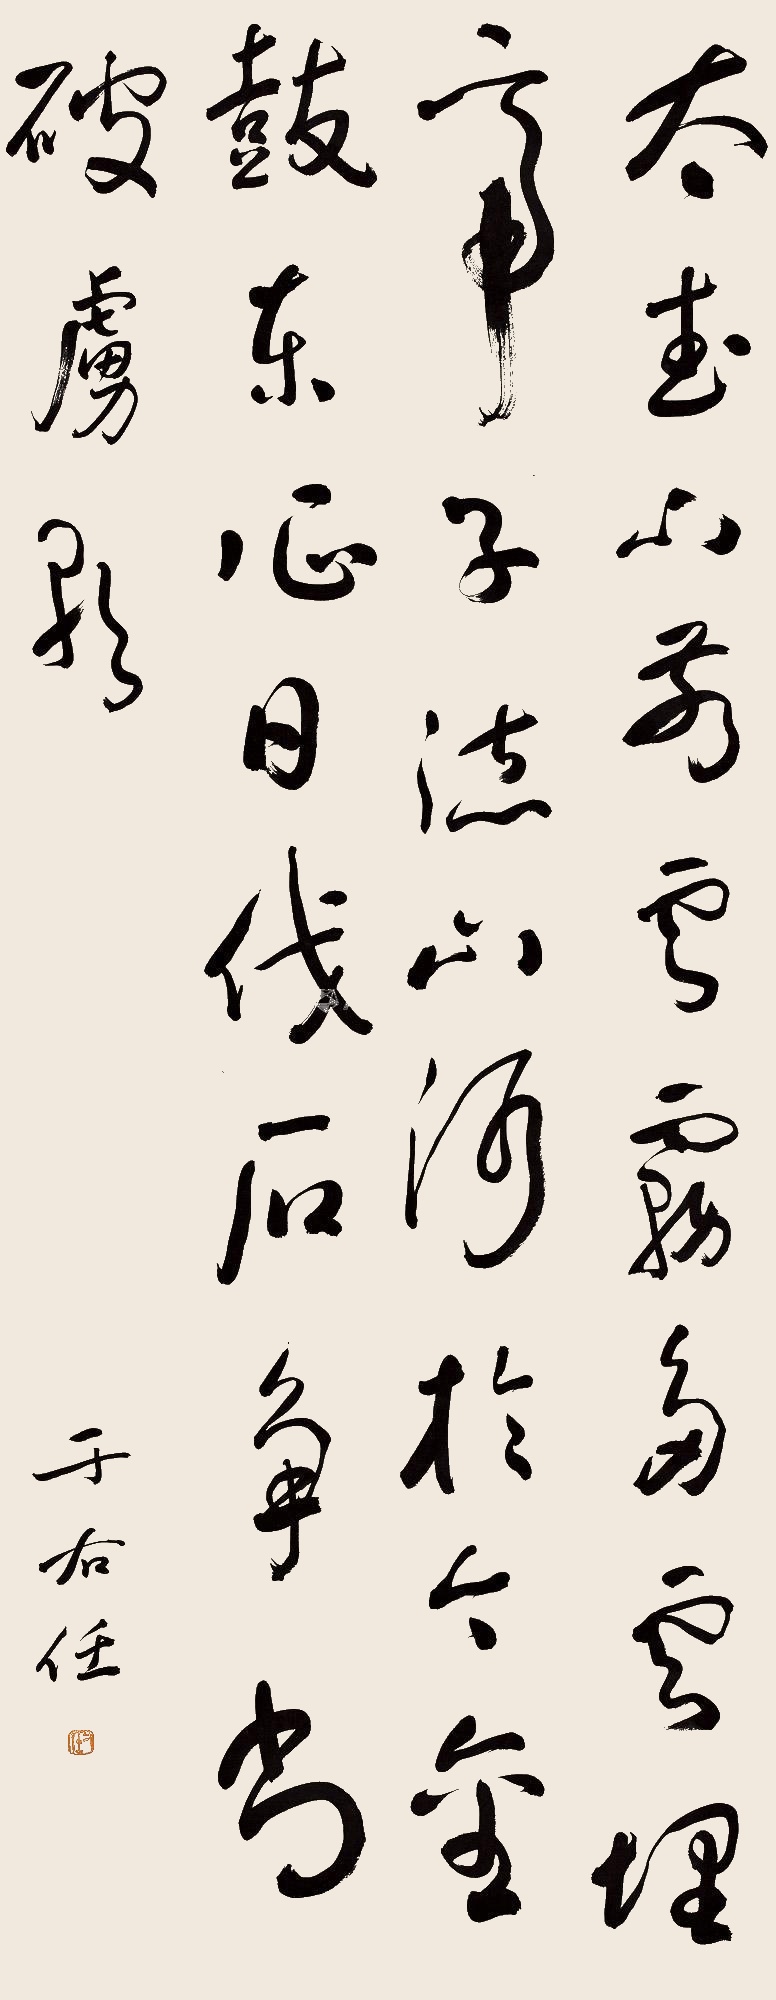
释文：太武山前云雾多，云埋帝子德山河，于今金鼓东征日，伐石争书破虏歌。